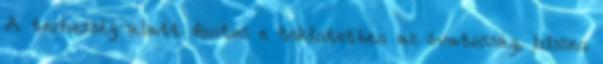
A terhesség alatt fontos e tekintetben az óvatosság, hiszen